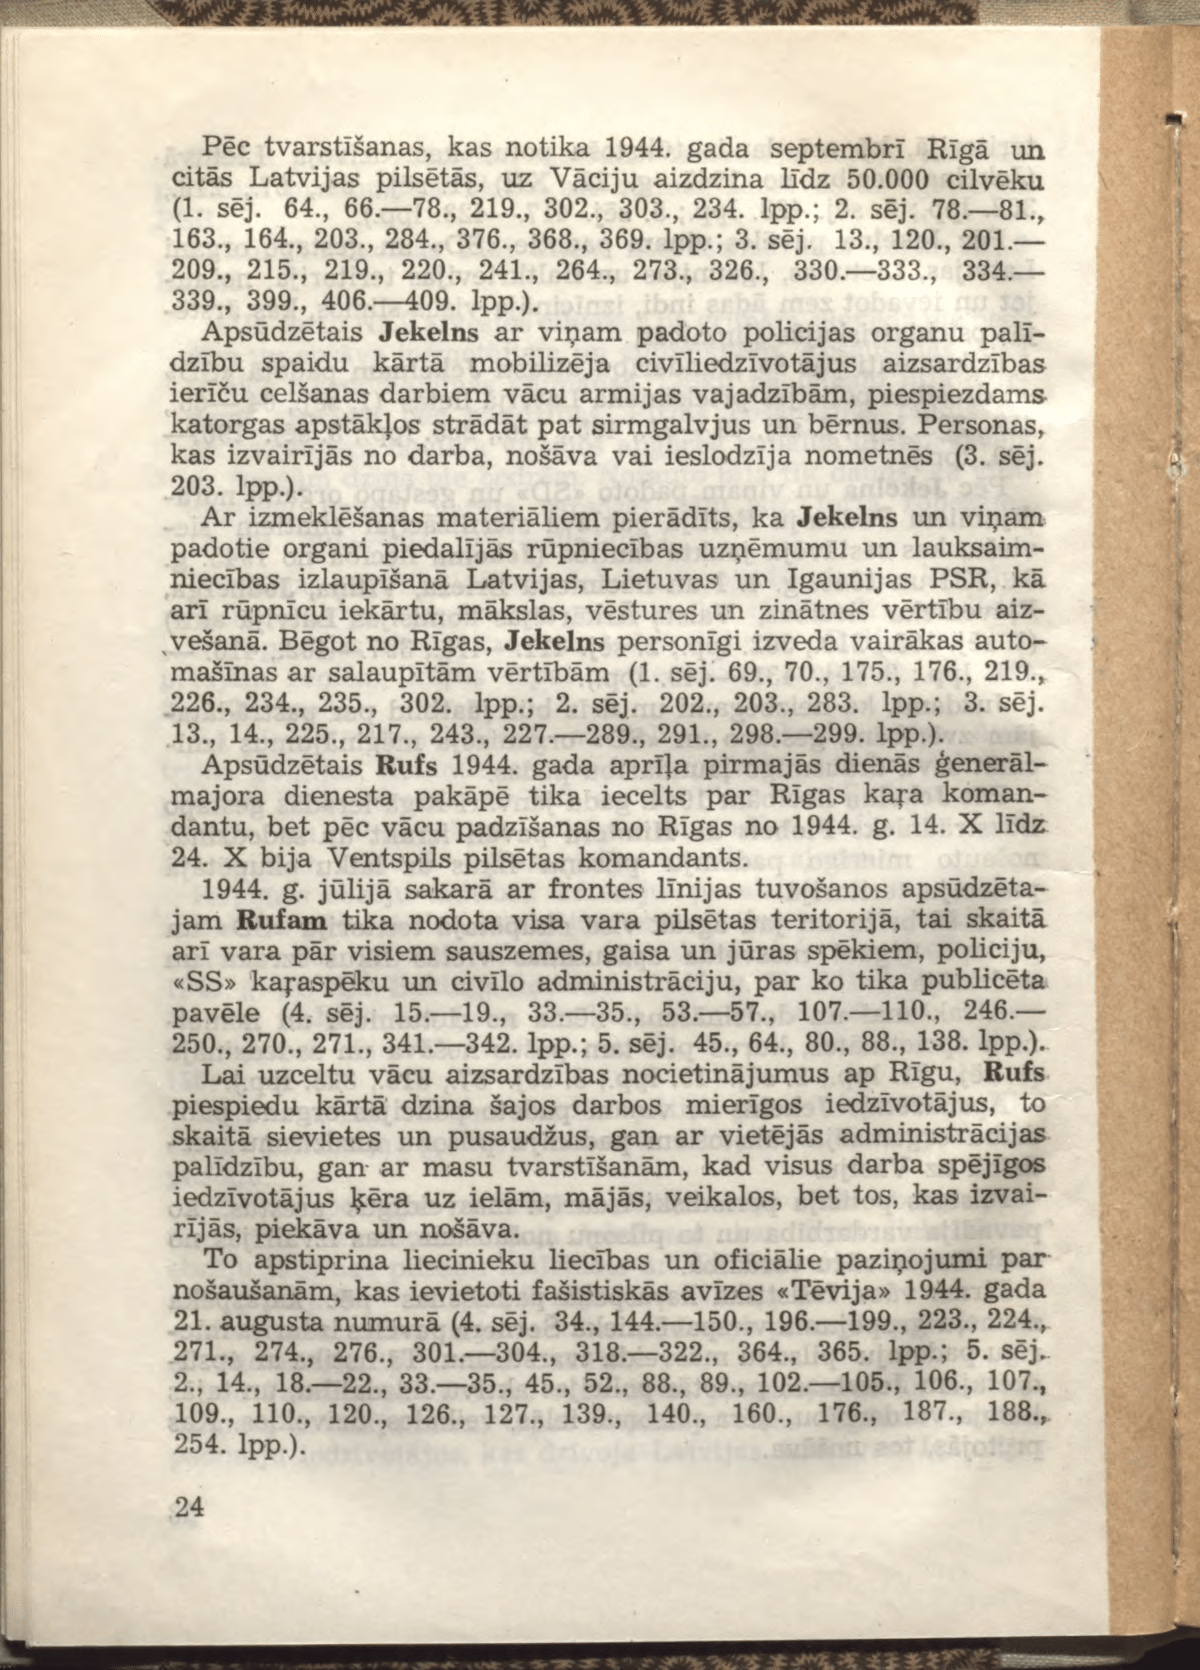
Language: lv